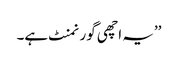
’’یہ اچھی گورنمنٹ ہے۔